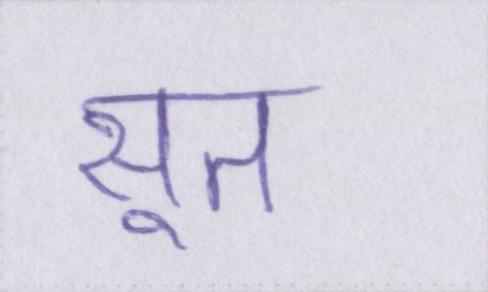
सूत